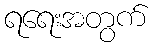
ရရေးအတွက်